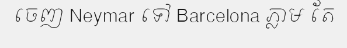
ចេញ Neymar ទៅ Barcelona ភ្លាម តែ